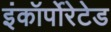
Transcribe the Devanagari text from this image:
इंकॉर्पोरेटेड